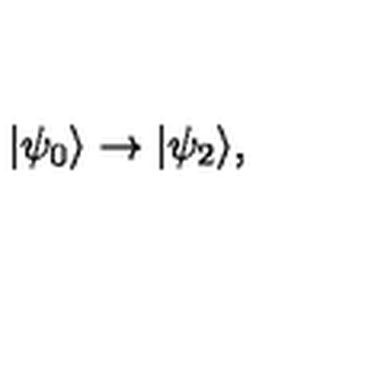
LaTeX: | \psi _ { 0 } \rangle \rightarrow | \psi _ { 2 } \rangle ,